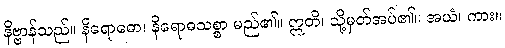
နိဗ္ဗာန်သည်။ နိရောဓော၊ နိရောဓသစ္စာ မည်၏။ ဣတိ၊ သို့မှတ်အပ်၏။ အယံ၊ ကား။